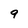
Character: 9